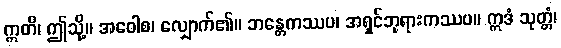
ဣတိ၊ ဤသို့။ အဝေါစ၊ လျှောက်၏။ ဘန္တေကဿပ၊ အရှင်ဘုရားကဿပ။ ဣဒံ သုတ္တံ၊